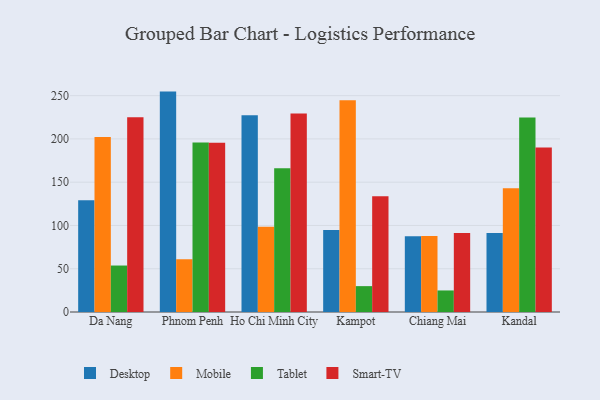
{"axis": {"x": "City", "y": "Gross Profit (USD K)"}, "legend": ["Desktop", "Mobile", "Smart-TV", "Tablet"], "data": [{"x": "Da Nang", "y": 129.1, "type": "Desktop"}, {"x": "Da Nang", "y": 202.1, "type": "Mobile"}, {"x": "Da Nang", "y": 53.7, "type": "Tablet"}, {"x": "Da Nang", "y": 225.0, "type": "Smart-TV"}, {"x": "Phnom Penh", "y": 254.7, "type": "Desktop"}, {"x": "Phnom Penh", "y": 61.1, "type": "Mobile"}, {"x": "Phnom Penh", "y": 195.8, "type": "Tablet"}, {"x": "Phnom Penh", "y": 195.5, "type": "Smart-TV"}, {"x": "Ho Chi Minh City", "y": 227.5, "type": "Desktop"}, {"x": "Ho Chi Minh City", "y": 98.5, "type": "Mobile"}, {"x": "Ho Chi Minh City", "y": 166.0, "type": "Tablet"}, {"x": "Ho Chi Minh City", "y": 229.4, "type": "Smart-TV"}, {"x": "Kampot", "y": 94.8, "type": "Desktop"}, {"x": "Kampot", "y": 244.8, "type": "Mobile"}, {"x": "Kampot", "y": 29.9, "type": "Tablet"}, {"x": "Kampot", "y": 133.8, "type": "Smart-TV"}, {"x": "Chiang Mai", "y": 87.6, "type": "Desktop"}, {"x": "Chiang Mai", "y": 87.7, "type": "Mobile"}, {"x": "Chiang Mai", "y": 24.9, "type": "Tablet"}, {"x": "Chiang Mai", "y": 91.2, "type": "Smart-TV"}, {"x": "Kandal", "y": 91.2, "type": "Desktop"}, {"x": "Kandal", "y": 143.1, "type": "Mobile"}, {"x": "Kandal", "y": 224.7, "type": "Tablet"}, {"x": "Kandal", "y": 190.2, "type": "Smart-TV"}]}